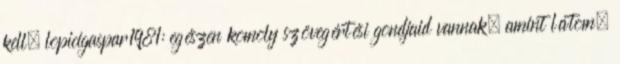
kell. lopicigaspar1981: egészen komoly szövegértési gondjaid vannak, amint látom.